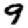
Digit: 9